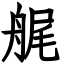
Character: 艉